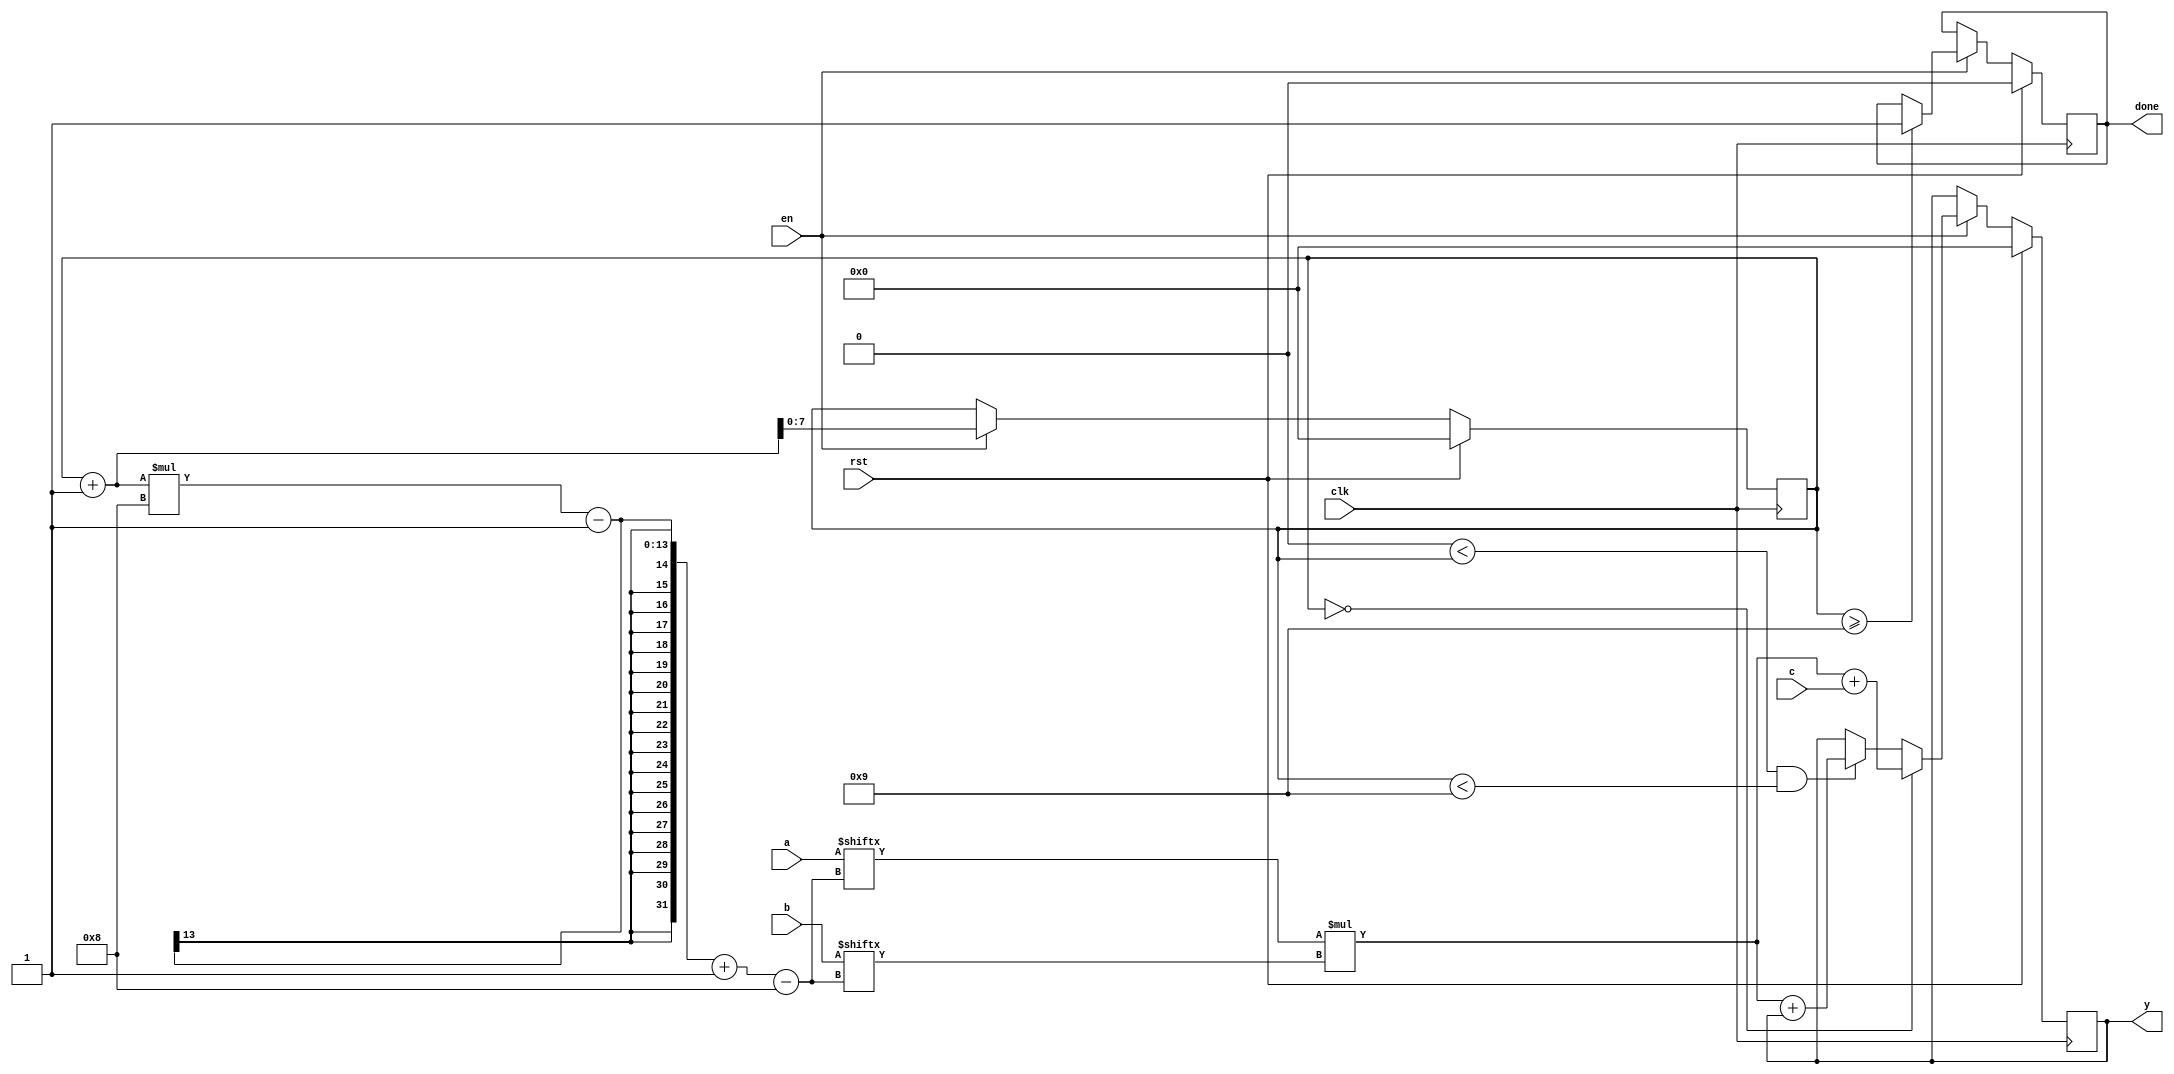
`timescale 1ns / 1ps
//////////////////////////////////////////////////////////////////////////////////
// Company: 
// Engineer: 
// 
// Design Name: 
// Module Name: autoMac
// Project Name: 
// Target Devices: 
// Tool Versions: 
// Description: 
// 
// Dependencies: 
// 
// Revision:
// Revision 0.01 - File Created
// Additional Comments:
// 
//////////////////////////////////////////////////////////////////////////////////


module mac(clk,rst,en,a,b,c,y,done);
//`define FPU
parameter width=8;
parameter out_width=8;
parameter size=9;

input clk;
input rst;
input en;
input [size*width-1:0]a;
input [size*width-1:0]b;
input [width-1:0]c;
output reg [out_width-1:0]y;
output reg done;

reg [width-1:0]addr;

`ifndef FPU
//localparam numStage=$clog2(size);

//wire [size*width-1:0]wA;
//wire [size*width-1:0]wB;

//assign wA=a;
//assign wB=b;

//wire [size*width-1:0]temp;
//wire [size-1:0]doneMul;
//wire doneMulCheck;
//generate
//genvar i;
//for(i = 0; i<size; i=i+1)begin
//    intMul(.clk(clk),
//           .rst(rst),
//           .en(en),
//           .a(wA[(i+1)*width-1-:width]),
//           .b(wB[(i+1)*width-1-:width]),
//           .y(temp[(i+1)*width-1-:width]));
//end
//endgenerate
//check #(.size(size))
//      mulCheck(.clk(clk),
//               .rst(rst),
//               .en(en),
//               .a(doneMul),
//               .done(doneMulCheck));

//wire []doneAddCheck;

always @(posedge clk)
begin
    if(rst)begin
        y=0;
    end else if(en) begin
        if(addr==0)begin
            y=a[(addr+1)*width-1 -: width]*b[(addr+1)*width-1 -: width]+c;
        end else if((0<addr)&(addr<size)) begin
            y=a[(addr+1)*width-1 -: width]*b[(addr+1)*width-1 -: width]+y;
        end
    end
end

always @(posedge clk) begin
    if(rst) begin
        done = 0;
        addr = 0;
    end else if(en) begin
        addr <= addr + 1;
        if(addr>=size) begin
            done = 1;
        end
    end
end
`else

wire [size*width-1:0]temp;
wire [size-1:0]doneAdd;
wire [size*width-1:0]tempAdd;
wire [size-1:0]doneMul;
generate
genvar k;
for(k=0;k<size;k=k+1)begin: Mul
floatMul FPUMul(//.clk(clk),
                 .rst(rst),
                 .en(en),
                 .a(a[(k+1)*width-1-:width]),
                 .b(b[(k+1)*width-1-:width]),
                 .y(temp[(k+1)*width-1-:width]),
                 .done(doneMul[k]));
end
floatAdd FPUAdd0(//.clk(clk),
         .rst(rst),
         .en(en&& &doneMul),
         .a(temp[width-1-:width]),
         .b(c),
         .y(tempAdd[width-1-:width]),
         .done(doneAdd[0]));
for(k=1;k<size;k=k+1)begin: Add
floatAdd FPUAdd(//.clk(clk),
         .rst(rst),
         .en(en&&doneAdd[k-1]),
         .a(tempAdd[k*width-1-:width]),
         .b(temp[(k+1)*width-1-:width]),
         .y(tempAdd[(k+1)*width-1-:width]),
         .done(doneAdd[k]));
 end
endgenerate

always @(posedge clk)begin
    if(rst)begin
        done=0;
        addr=0;
    end else if(en)begin
        y=tempAdd[size*width-1-:width];
        done=&doneAdd;
    end
end

`endif
endmodule